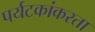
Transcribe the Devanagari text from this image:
पर्यटकांकरता